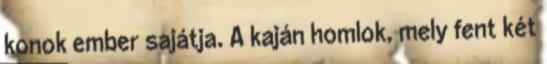
konok ember sajátja. A kaján homlok, mely fent két